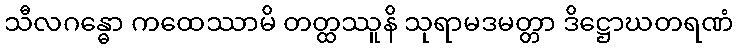
သီလဂန္ဓော ကထေဿာမိ တတ္ထဿူနိ သုရာမဒမတ္တာ ဒိဋ္ဌောဃတရဏံ